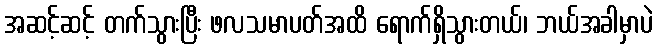
အဆင့်ဆင့် တက်သွားပြီး ဖလသမာပတ်အထိ ရောက်ရှိသွားတယ်၊ ဘယ်အခါမှာပဲ